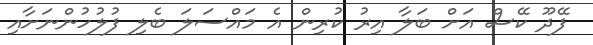
ފޭދޫ ކޭސް އަށް ބަލާ އިރު ކުރިން އެ މައްސަލަ ބެލި ފުލުހުންނަށާއި